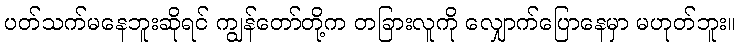
ပတ်သက်မနေဘူးဆိုရင် ကျွန်တော်တို့က တခြားလူကို လျှောက်ပြောနေမှာ မဟုတ်ဘူး။